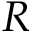
R